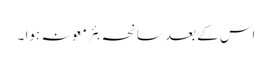
اس کے بعد سانحہ بئرِ معونہ ہوا ۔